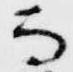
而